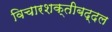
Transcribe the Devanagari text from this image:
विचारशक्तीबद्दल